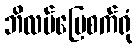
ဘိလပ်မြေစက်ရုံ